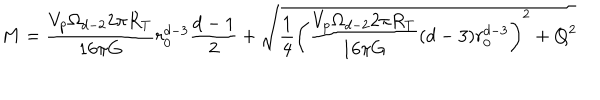
LaTeX: M = \frac { V _ { p } \Omega _ { d - 2 } 2 \pi R _ { T } } { 1 6 \pi G } r _ { 0 } ^ { d - 3 } \frac { d - 1 } { 2 } + \sqrt { \frac { 1 } { 4 } \left( \frac { V _ { p } \Omega _ { d - 2 } 2 \pi R _ { T } } { 1 6 \pi G } ( d - 3 ) r _ { 0 } ^ { d - 3 } \right) ^ { 2 } + Q ^ { 2 } }